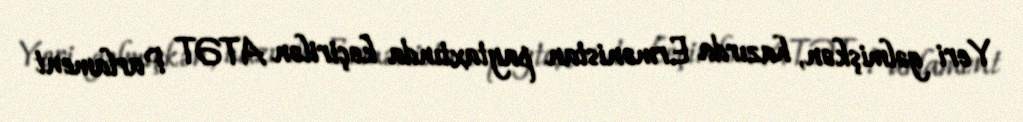
Yeri gəlmişkən, hazırda Ermənistan paytaxtında keçirilən ATƏT Parlament